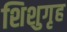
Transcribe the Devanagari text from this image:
शिशुगृह